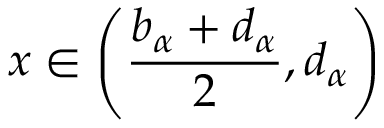
x \in \left( \frac { b _ { \alpha } + d _ { \alpha } } { 2 } , d _ { \alpha } \right)